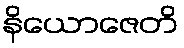
နိယောဇေတိ